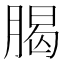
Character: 𣎅